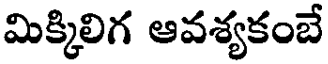
మిక్కిలిగ ఆవశ్యకంబే